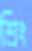
শ্রিং